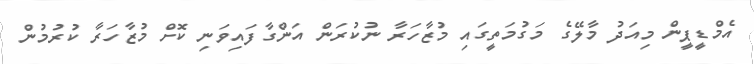
އެމްޑީޕީން މިއަދު މާލޭގެ މަގުމަތީގައި މުޒާހަރާ ނުކުރަން އަންގާފައިވަނި ކޮށް މުޒާހަރާ ކުރުމުން